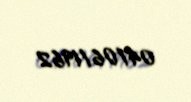
04/06/1962